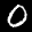
Label: 0